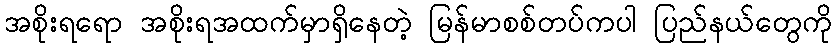
အစိုးရရော အစိုးရအထက်မှာရှိနေတဲ့ မြန်မာစစ်တပ်ကပါ ပြည်နယ်တွေကို